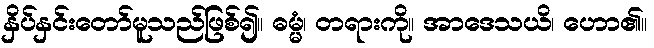
နှိပ်နှင်းတော်မူသည်ဖြစ်၍။ ဓမ္မံ၊ တရားကို။ အာဒေသယိ၊ ဟော၏။